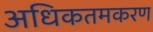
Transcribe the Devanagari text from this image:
अधिकतमकरण